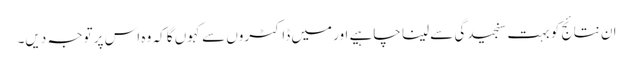
ان نتائج کو بہت سنجیدگی سے لینا چاہیے اور میں ڈاکٹروں سے کہوں گا کہ وہ اس پر توجہ دیں۔